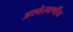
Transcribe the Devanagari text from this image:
अश्वेतवर्णीय